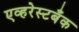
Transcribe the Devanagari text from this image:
एव्हरेस्टबँक